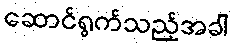
ဆောင်ရွက်သည့်အခါ